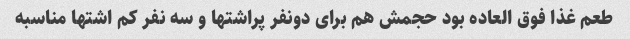
طعم غذا فوق العاده بود حجمش هم برای دونفر پراشتها و سه نفر کم اشتها مناسبه